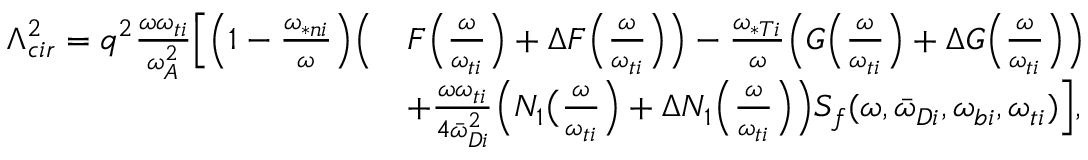
\begin{array} { r l } { \Lambda _ { c i r } ^ { 2 } = q ^ { 2 } \frac { \omega \omega _ { t i } } { \omega _ { A } ^ { 2 } } \Big [ \Big ( 1 - \frac { \omega _ { \ast n i } } { \omega } \Big ) \Big ( } & { F \Big ( \frac { \omega } { \omega _ { t i } } \Big ) + \Delta F \Big ( \frac { \omega } { \omega _ { t i } } \Big ) \Big ) - \frac { \omega _ { \ast T i } } { \omega } \Big ( G \Big ( \frac { \omega } { \omega _ { t i } } \Big ) + \Delta G \Big ( \frac { \omega } { \omega _ { t i } } \Big ) \Big ) } \\ & { + \frac { \omega \omega _ { t i } } { 4 { \bar { \omega } } _ { D i } ^ { 2 } } \Big ( N _ { 1 } \big ( \frac { \omega } { \omega _ { t i } } \Big ) + \Delta N _ { 1 } \Big ( \frac { \omega } { \omega _ { t i } } \Big ) \Big ) { S _ { f } } ( \omega , { \bar { \omega } } _ { D i } , \omega _ { b i } , \omega _ { t i } ) \Big ] , } \end{array}